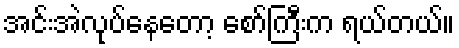
အင်းအဲလုပ်နေတော့ စော်ကြီးက ရယ်တယ်။